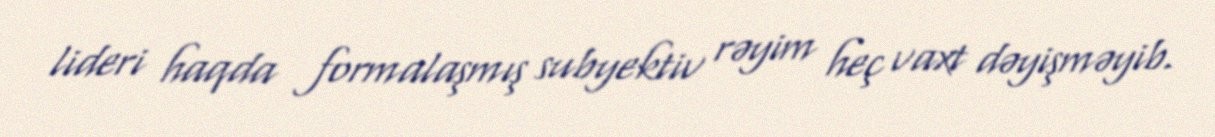
lideri haqda formalaşmış subyektiv rəyim heç vaxt dəyişməyib.